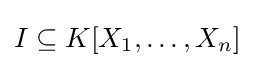
I\subseteq K[X_{1},\dots ,X_{n}]